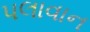
પલાવાન